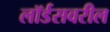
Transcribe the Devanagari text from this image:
लॉर्डसवरील